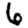
Digit: 6